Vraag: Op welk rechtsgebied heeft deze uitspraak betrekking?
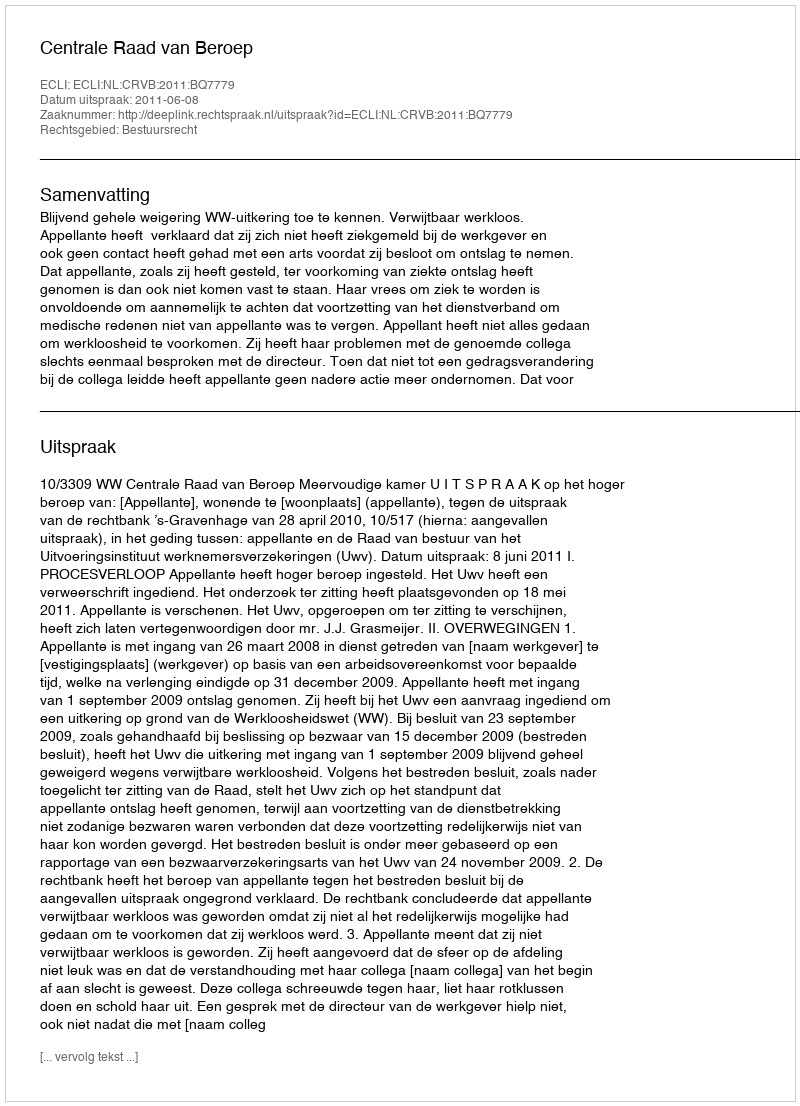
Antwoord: Bestuursrecht